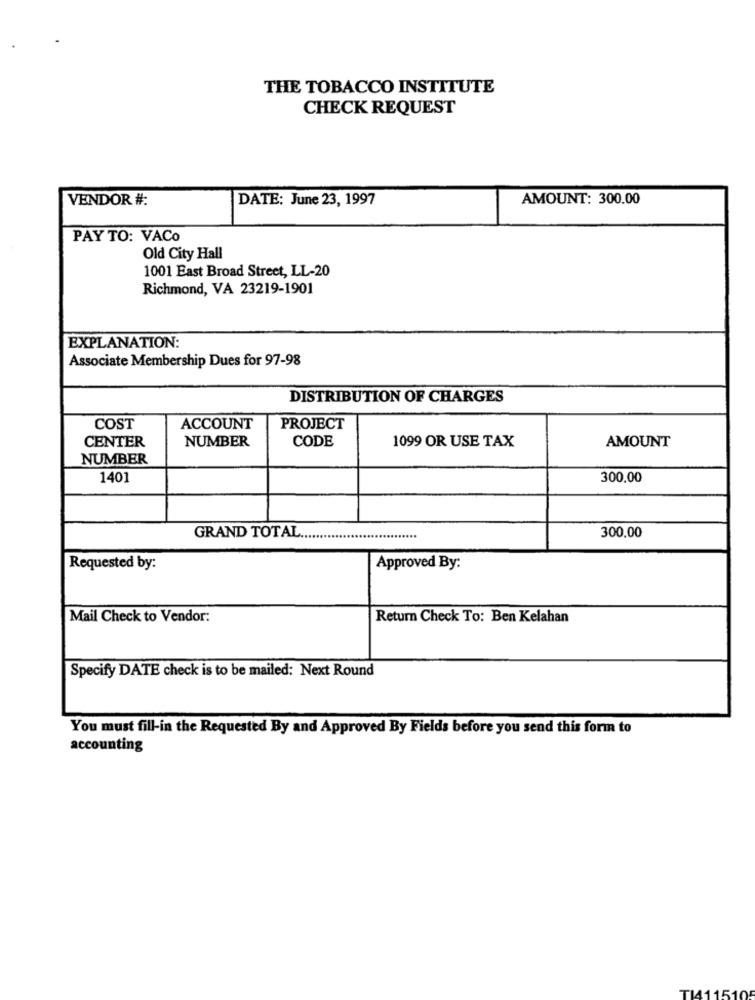
THE TOBACCO INSTITUTE
CHECK REQUEST
VENDOR #:
DATE: June 23, 1997
AMOUNT: 300.00
PAY TO: VACo
Old City Hall
1001 East Broad Street, LL-20
Richmond, VA 23219-1901
EXPLANATION:
Associate Membership Dues for 97-98
DISTRIBUTION OF CHARGES
COST
ACCOUNT
PROJECT
NUMBER
CODE
1099 OR USE TAX
CENTER
AMOUNT
NUMBER
1401
300.00
300.00
GRAND TOTAL
Requested by:
Approved By:
Mail Check to Vendor:
Return Check To: Ben Kelahan
Specify DATE check is to be mailed: Next Round
You must fill-in the Requested By and Approved By Fields before you send this form to
accounting